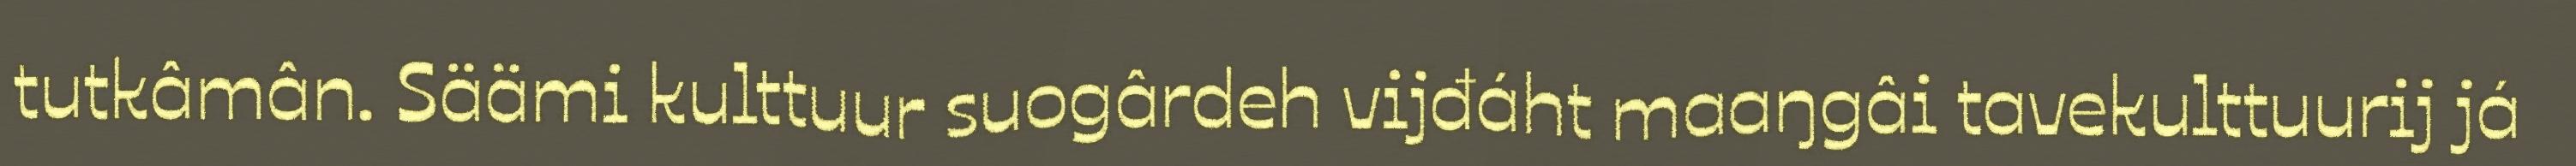
tutkâmân. Säämi kulttuur suogârdeh vijđáht maaŋgâi tavekulttuurij já